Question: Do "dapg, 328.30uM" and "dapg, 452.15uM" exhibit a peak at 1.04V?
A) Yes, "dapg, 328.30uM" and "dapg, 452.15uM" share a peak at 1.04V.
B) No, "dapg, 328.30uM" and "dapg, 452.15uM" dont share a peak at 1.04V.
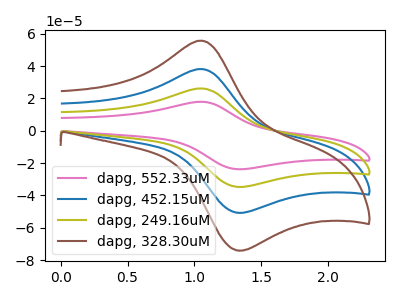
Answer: <think>The pink curve "dapg, 552.33uM" has an anodic peak at (1.05V, 17.90uA) and a cathodic peak at (1.30V, -23.75uA). The blue curve "dapg, 452.15uM" has an anodic peak at (1.05V, 52.25uA) and a cathodic peak at (1.30V, -69.40uA). The olive curve "dapg, 249.16uM" has an anodic peak at (1.05V, 26.10uA) and a cathodic peak at (1.30V, -34.70uA). The brown curve "dapg, 328.30uM" has an anodic peak at (1.05V, 78.35uA) and a cathodic peak at (1.30V, -104.05uA).</think>
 <answer>A) Yes, "dapg, 328.30uM" and "dapg, 452.15uM" share a peak at 1.04V.</answer>
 <eval>A</eval>